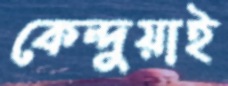
কেন্দুয়াই